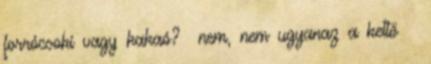
forrócsoki vagy kakaó? nem, nem ugyanaz a kettő